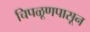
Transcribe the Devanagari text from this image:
चिपळूणपासून